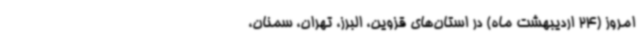
امروز (24 اردیبهشت ماه) در استان‌های قزوین، البرز، تهران، سمنان،